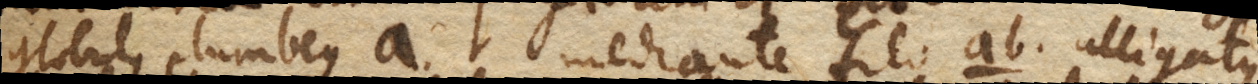
globus plumbeus a. mediante filo ab. alligatus